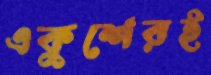
একুশেরই